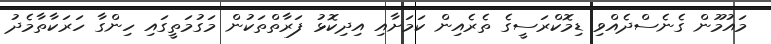
މައުމޫން ގެނެސްދެއްވި ޑިމޮކްރަސީގެ ތެރެއިން ކަމަށާއި އިދިކޮޅު ފަރާތްތަކުން މަގުމަތީގައި ހިންގާ ހަރަކާތާމެދު